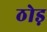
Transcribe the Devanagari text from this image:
ठोड़